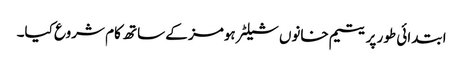
ابتدائی طور پر یتیم خانوں شیلٹر ہومز کے ساتھ کام شروع کیا۔